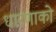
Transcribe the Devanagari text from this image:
धारणाको